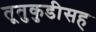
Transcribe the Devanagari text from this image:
तूतुकुडीसह